Leaving Certificate Examination, 1913
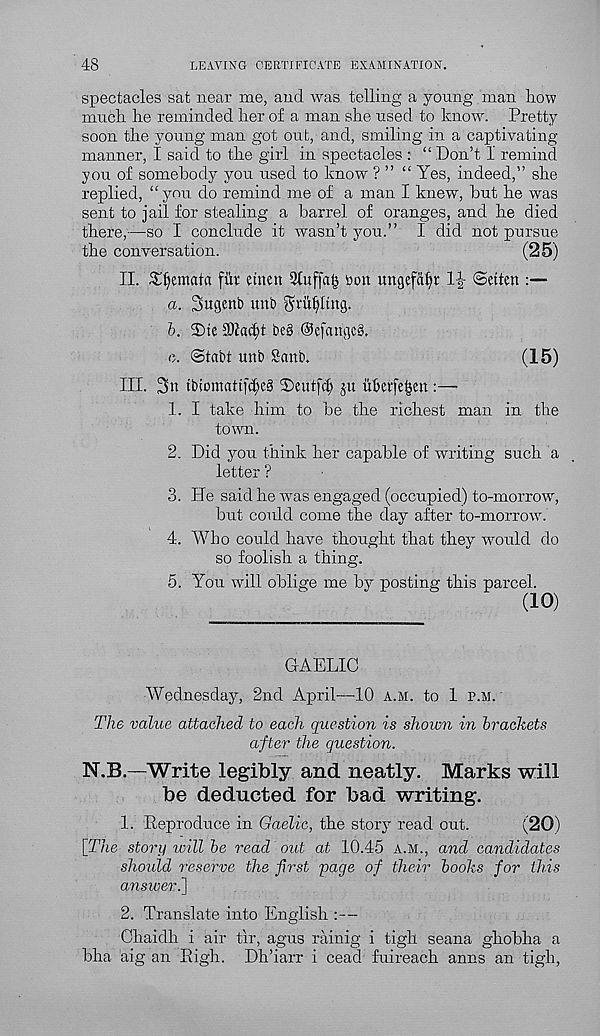
48
LEAVING CERTIFICATE EXAMINATION.
spectacles sat near me, and was telling a young man how
much he reminded her of a man she used to know. Pretty
soon the young man got out, and, smiling in a captivating-
manner, I said to the girl in spectacles : “ Don’t I remind
you of somebody you used to know ? ” “ Yes, indeed,” she
replied, “ you do remind me of a man I knew, but he was
sent to jail for stealing a barrel of oranges, and he died
there,-—so I conclude it wasn’t you.” I did not pursue
the conversation.
(25)
II. £l)emara fur etnen 21uffal3 yon ungefcUjt 1|- ©etten :—
a. Sugenb unt> Qhufylutg.
b. ®tc SDtacljt be§ OcfcutgcS.
e. ©tabt unb Sank
(15)
III. 2>n tbiomattf(^e§ YeutfcJ) jn uberfeijen:—
1. I take him to be the richest man in the
town.
2. Did you think her capable of writing such a
letter ?
3. He said he was engaged (occupied) to-morrow r ,
but could come the day after to-morrow.
4. Who could have thought that they would do
so foolish a thing.
5. You will oblige me by posting this parcel.
(10)
GAELIC
Wednesday, 2nd April—10 a.m. to 1 p.m.
The value attached to each question is shown in brackets
after the question.
N.B.—Write legibly and neatly. Marks will
be deducted for bad writing.
1. Reproduce in Gaelic, the story read out.
(20)
[The story will be read out at 10.45 a.m., and candidates
should reserve the first page of their books for this
answeri]
2. Translate into English :—
Chaidh i air tir, agus rainig i tigh seana ghobha a
bha aig an High. Dh’iarr i cead fuireach anns an tigh,